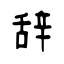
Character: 辞